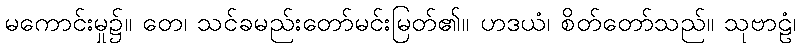
မကောင်းမှု၌။ တေ၊ သင်ခမည်းတော်မင်းမြတ်၏။ ဟဒယံ၊ စိတ်တော်သည်။ သုဗာဠံ၊